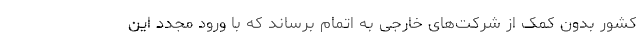
کشور بدون کمک از شرکت‌های خارجی به اتمام برساند که با ورود مجدد این